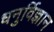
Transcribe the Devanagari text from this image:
धनुर्विज्ञान